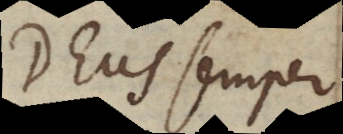
Deus semper